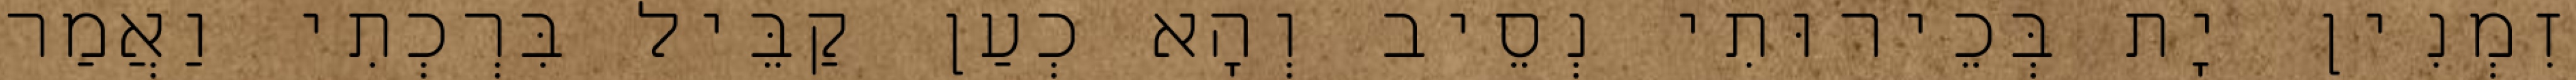
זִמְנִין יָת בְּכֵירוּתִי נְסֵיב וְהָא כְעַן קַבֵּיל בִּרְכְתִי וַאֲמַר